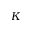
K